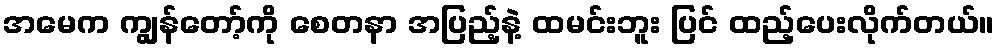
အမေက ကျွန်တော့်ကို စေတနာ အပြည့်နဲ့ ထမင်းဘူး ပြင် ထည့်ပေးလိုက်တယ်။